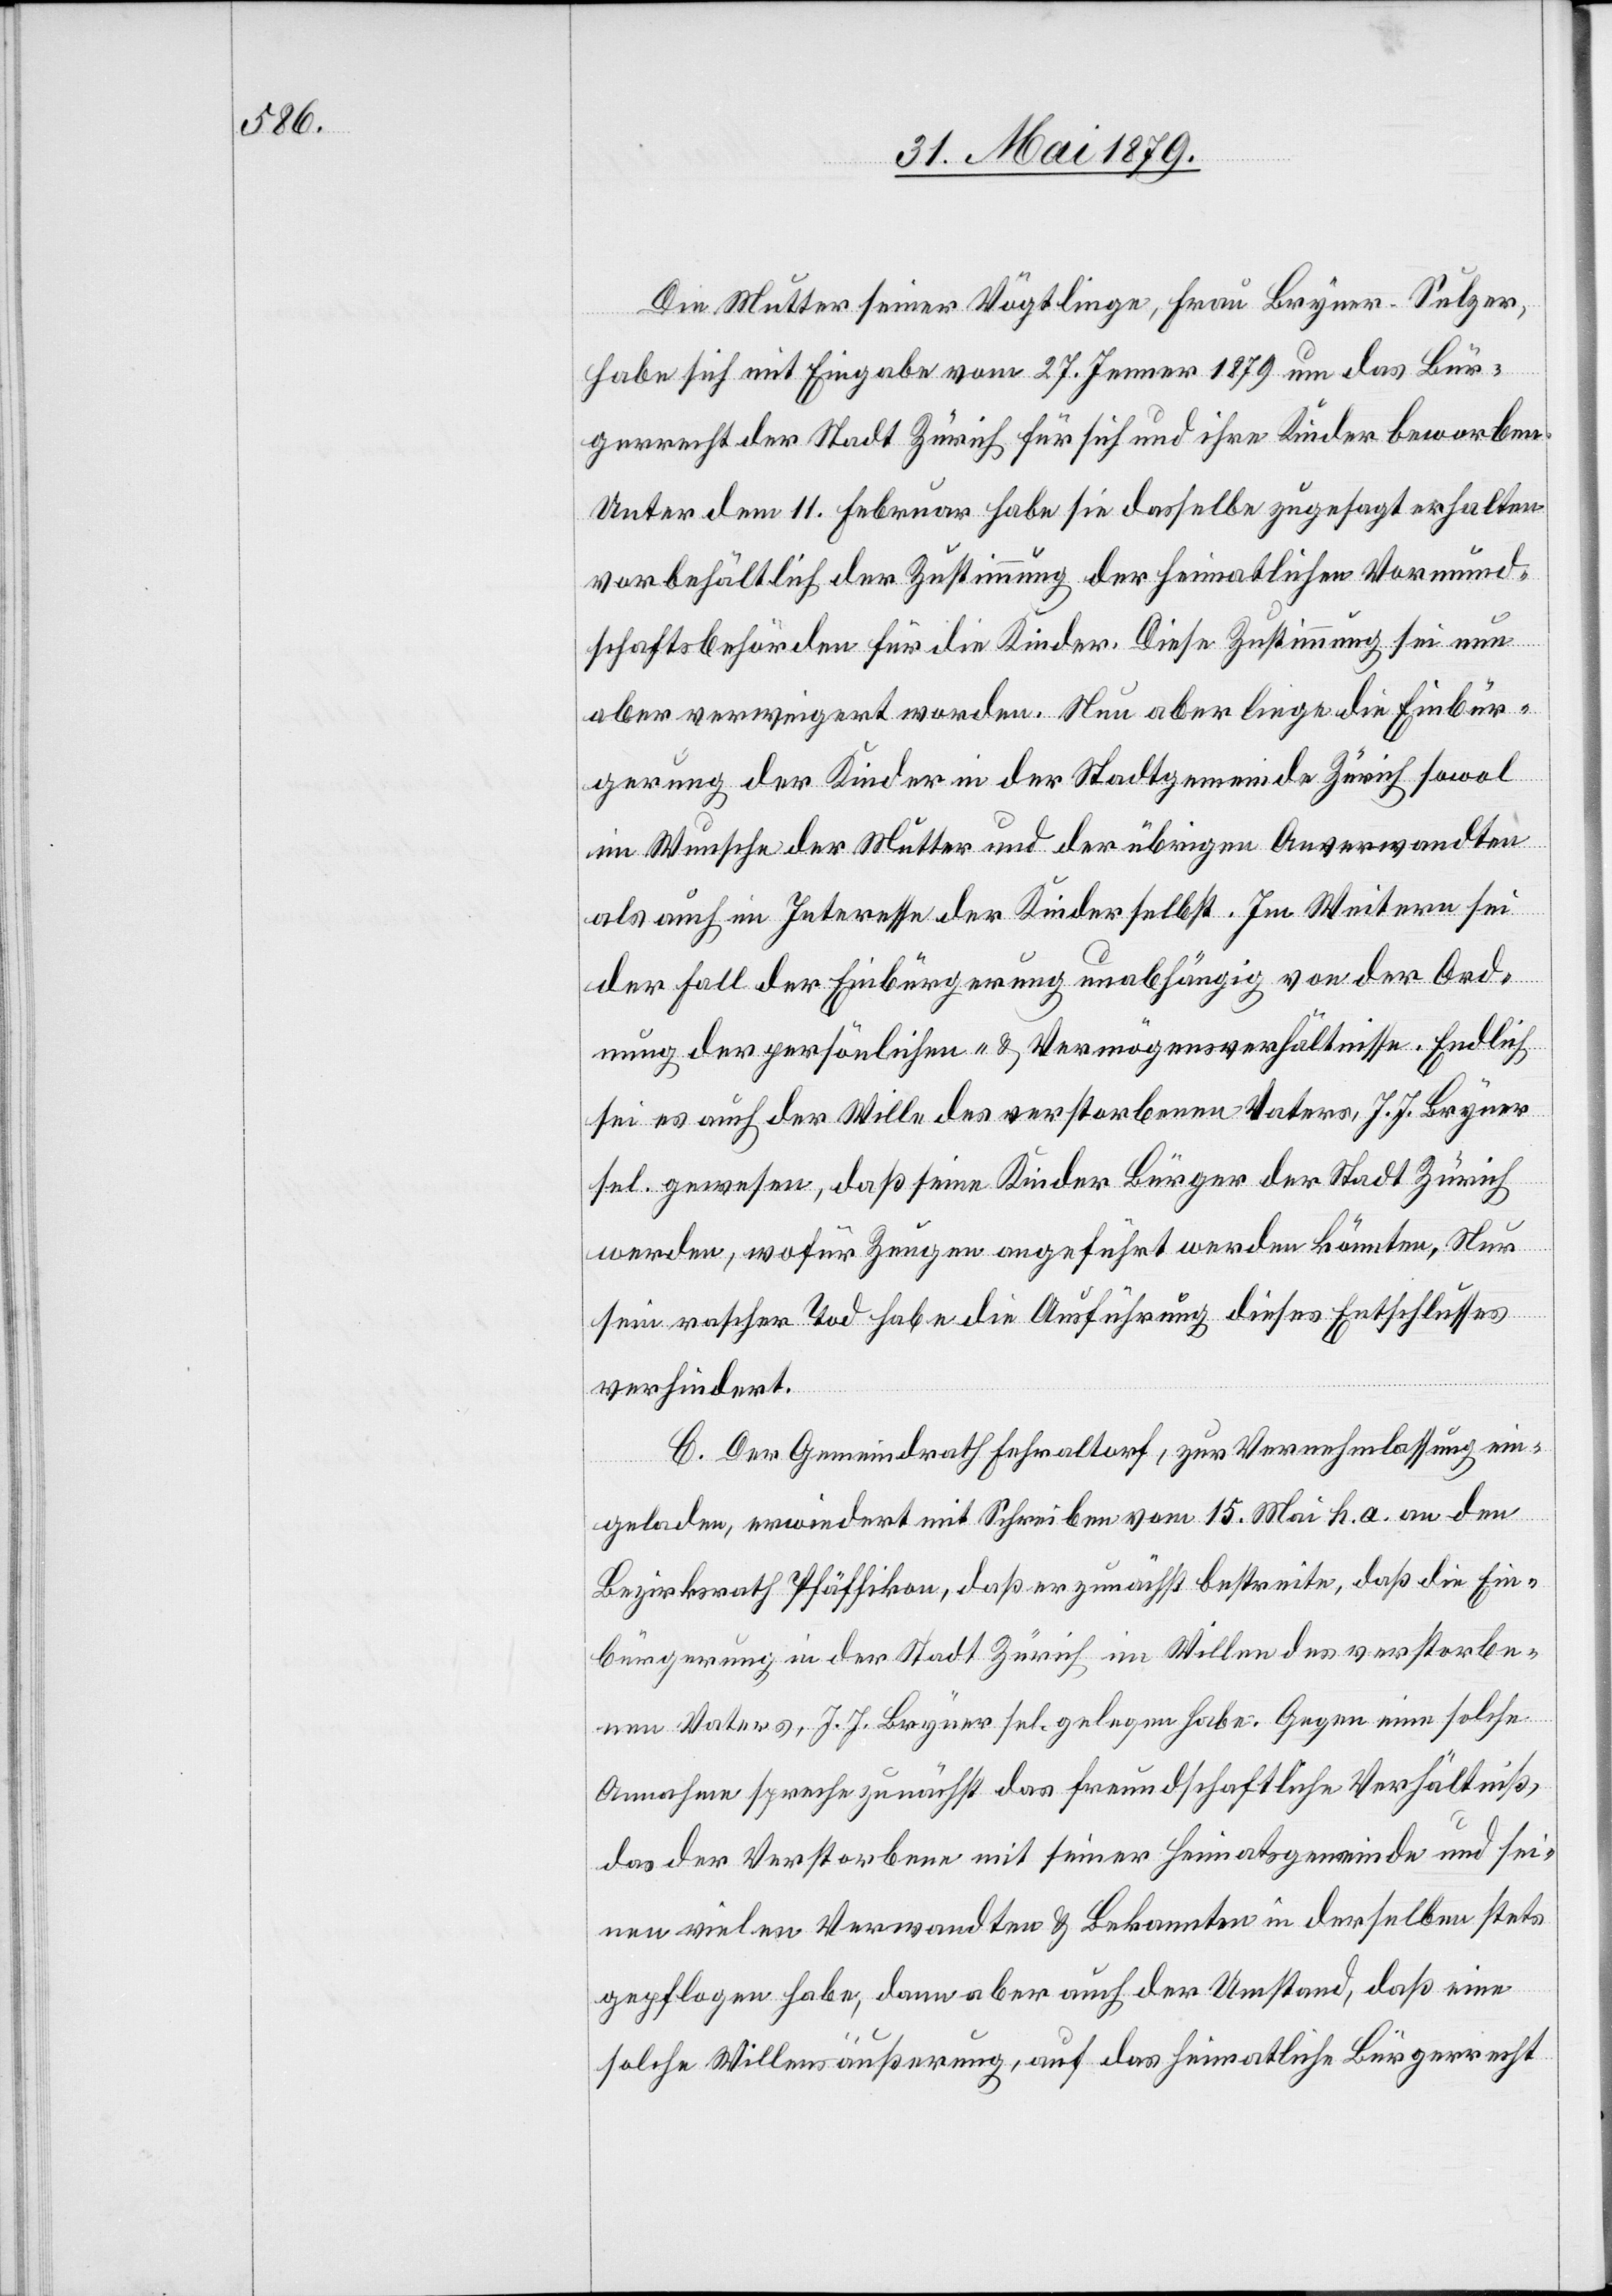
Die Mutter seiner Vögtlinge, Frau Bryner-Sulzer,
habe sich mit Eingabe vom 27. Jenner 1879 um das Bür¬
gerrecht der Stadt Zürich für sich und ihre Kinder beworben.
Unter dem 11. Februar habe sie dasselbe zugesagt erhalten
vorbehältlich der Zustimmung der heimatlichen Vormund¬
schaftsbehörden für die Kinder. Diese Zustimmung sei nun
aber verweigert worden. Nun aber liege die Einbür¬
gerung der Kinder in der Stadtgemeinde Zürich sowol
im Wunsche der Mutter und der übrigen Anverwandten
als auch im Interesse der Kinder selbst. Im Weitern sei
der Fall der Einbürgerung unabhängig von der Ord¬
nung der persönlichen- & Vermögensverhältnisse [sic!]. Endlich
sei es auch der Wille des verstorbenen Vaters, J. J. Bryner
sel. gewesen, daß seine Kinder Bürger der Stadt Zürich
werden, wofür Zeugen angeführt werden könnten, Nur
sein rascher Tod habe die Ausführung dieses Entschlusses
verhindert.
C. Der Gemeindrath Fehraltorf, zur Vernehmlassung ein¬
geladen, erwiedert mit Schreiben vom 15. Mai h. a. an den
Bezirksrath Pfäffikon, daß er zunächst bestreite, daß die Ein¬
bürgerung in der Stadt Zürich im Willen des verstorbe¬
nen Vaters, J. J. Bryner sel. gelegen habe. Gegen eine solche
Annahme spreche zunächst das freundschaftliche Verhältniß,
das der Verstorbene mit seiner Heimatsgemeinde und sei¬
nen vielen Verwandten & Bekannten in derselben stets
gepflogen habe, dann aber auch der Umstand, daß eine
solche Willensäußerung, auf das heimatliche Bürgerrecht